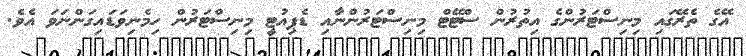
އޭގެ ތެރޭގައި މިނިސްޓަރުންގެ އިތުރުން ސްޓޭޓް މިނިސްޓަރުންނާއި ޑެޕިއުޓީ މިނިސްޓަރުން ހިމެނިވަޑައިގަންނަވަ އެވެ.